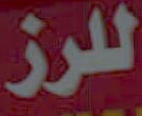
للرز